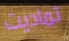
تماديت